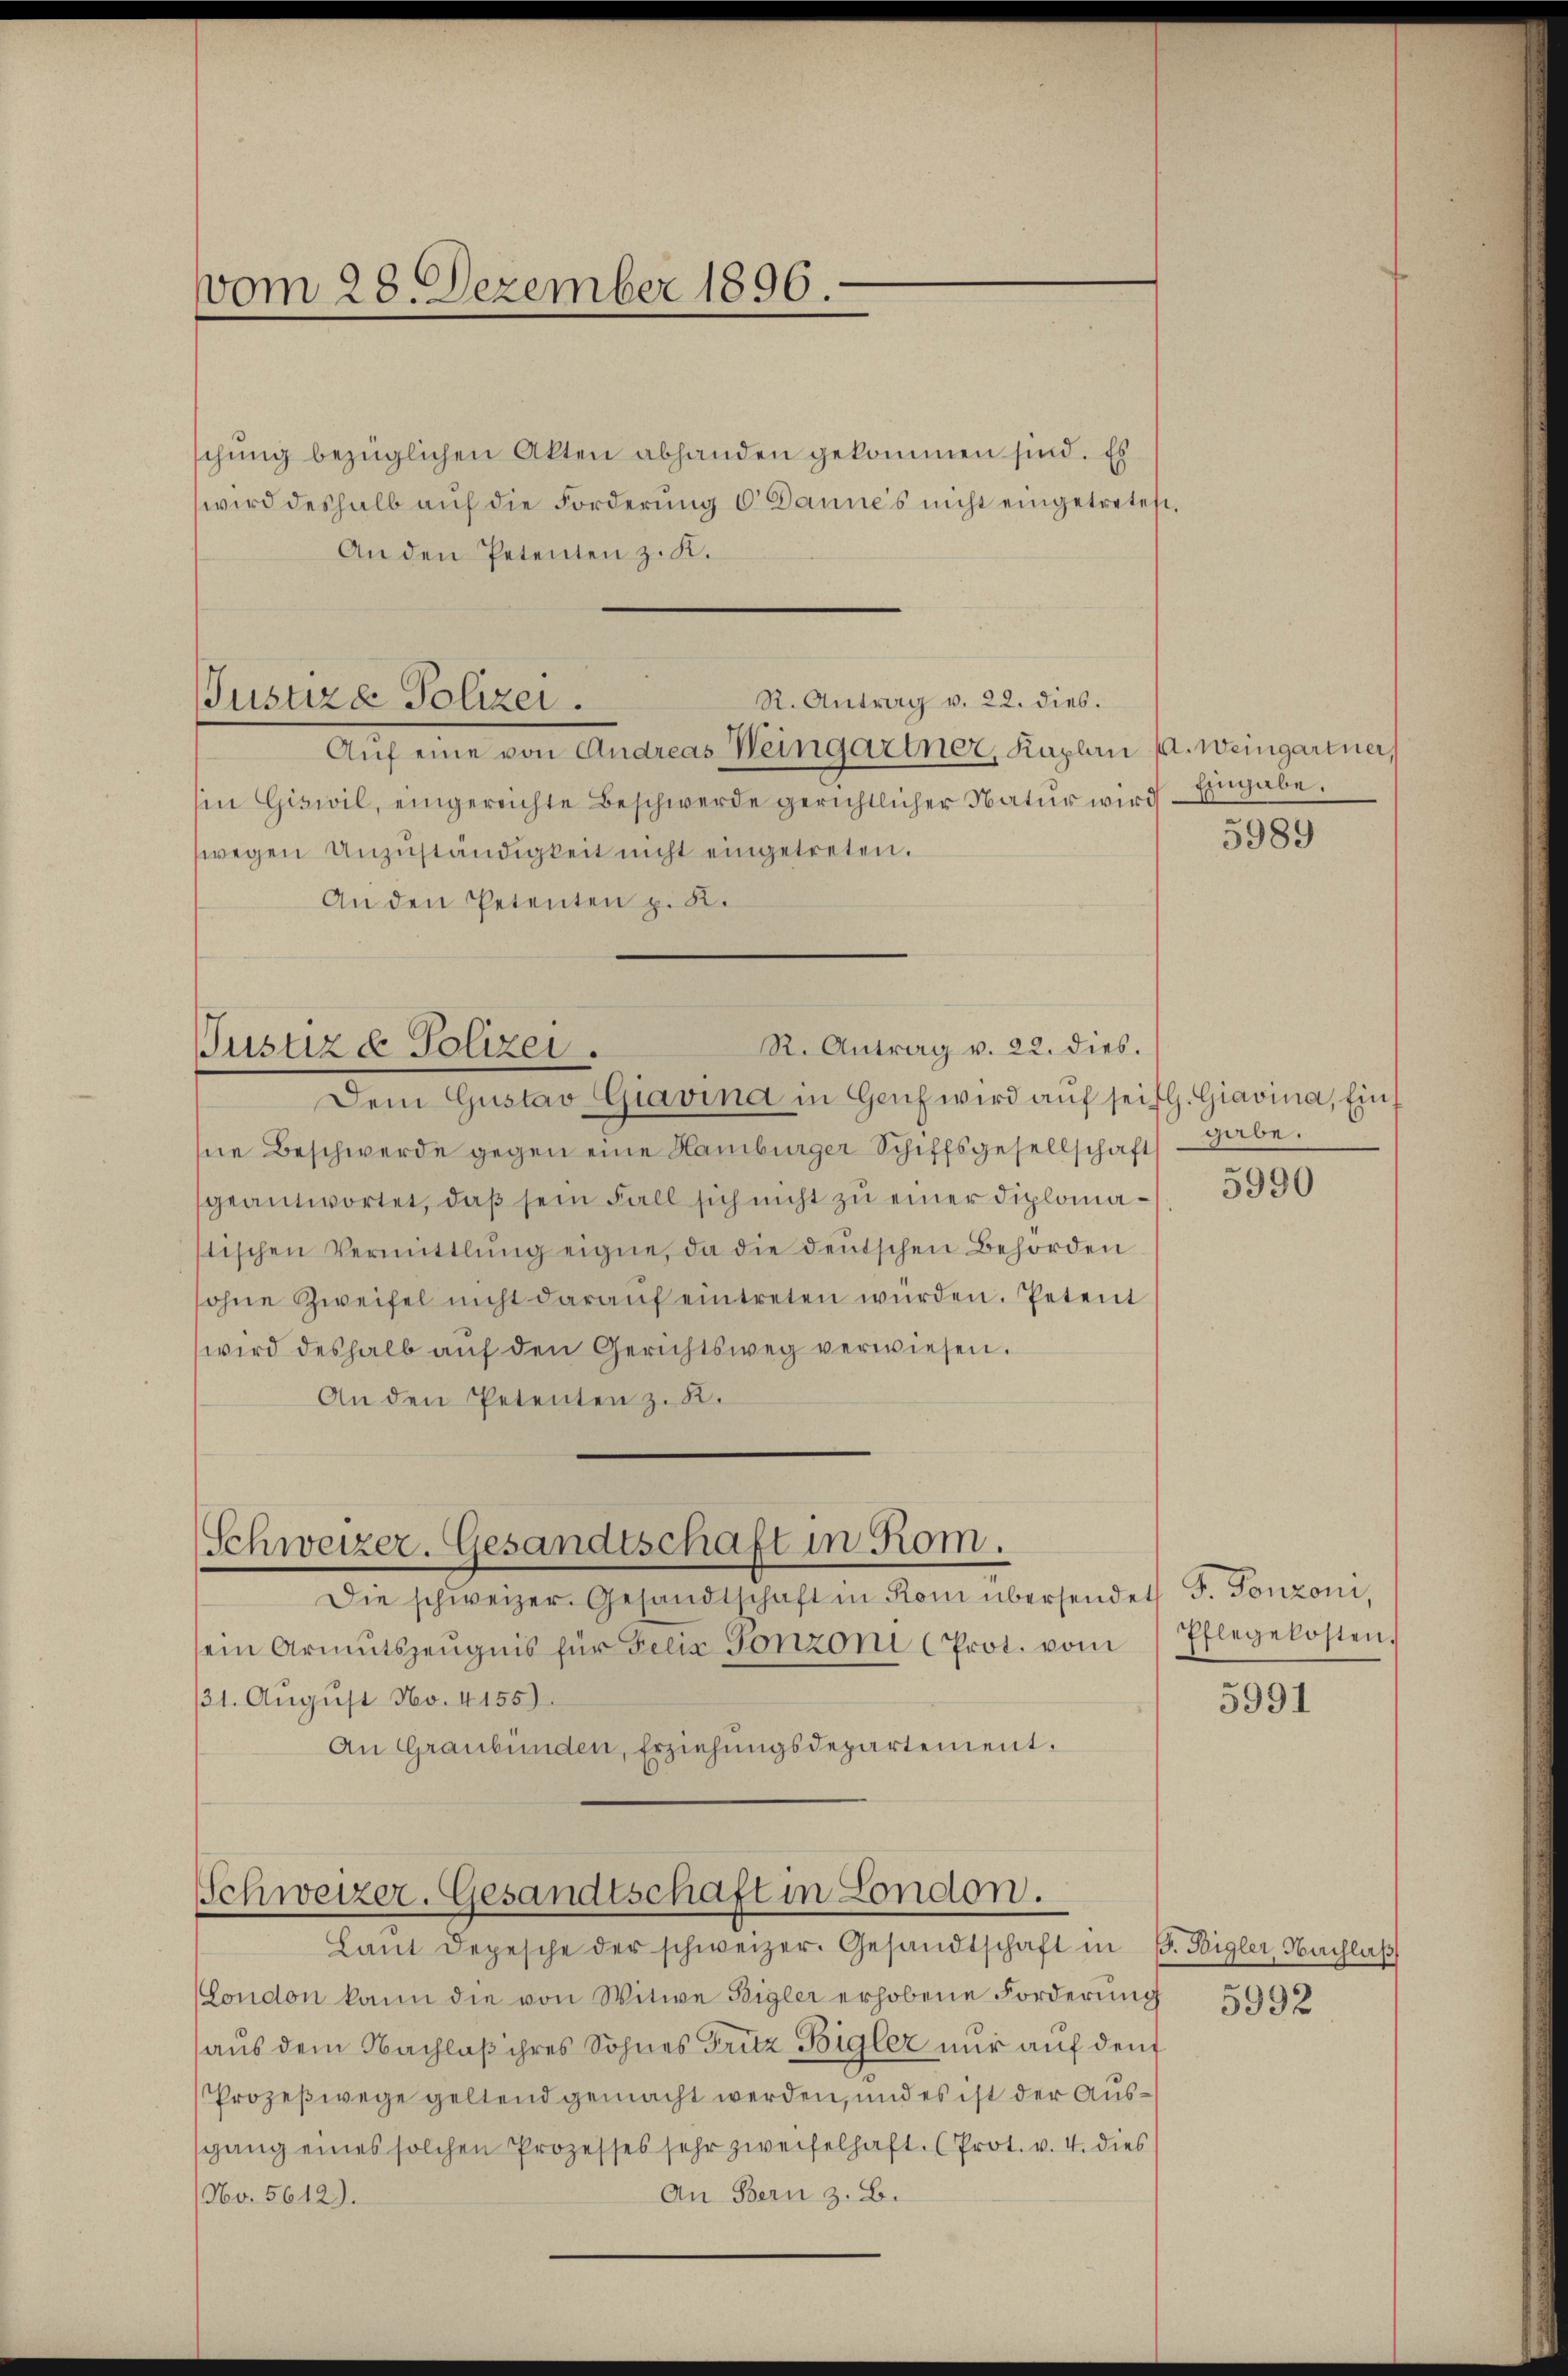
vom 28. Dezember 1896.

schung bezüglichen Akten abhanden gekommen sind. Es
wird deshalb auf die Forderung u Dannes nicht eingetretest.
An den Petenten z. K.

Justiza Polizei.

Aŭf eine von Andreas Weingartner, Kaplan (A. Weingartner,
Ein Giswil, eingereichte Beschwerde gerichtlicher Natur wird
wegen Unzŭständigkeit nicht eingetreten.
An den Petenten z. K.

R. Antrag v. 22. dies.

R. Antrag v. 22. dies.
Justiz & Polizei.
Dem Gustav Giavina in Genf wird aŭf seifl. Giavina, Ein¬

Schweizer. Gesandtschaft in Rom.
Die schweizer. Gesandtschaft in Rom übersendet F. Ponzoni,

Schweizer. Gesandtschaft in London.
Laŭt Depesche der schweizer. Gesandtschaft in P. Bigler, Nachlaβ

sein Armutszeugnis für Felix Tonzoni (Prot. vom
31. August No. 4155)
An Graubünden, Erziehungsdepartement.

hne Beschwerde gegen eine Hamburger Schiffsgesellschaft
geantwortet, daβ sein Fall sich nicht zu einer Diplomastischen Vermittlung eigne, da die deutschen Behörden
sohne Zweifel nicht daraŭf eintreten würden. Petent
wird deshalb auf den Gerichtsweg verwiesen.
An den Petenten z. B.

London kann die von Witwe Bigler erhobene Forderung
aus dem Nachlaß ihres Sohnes Fritz Bigler nur auf dem
Prozeßwege geltend gemacht werden, und es ist der Aussgang eines solchen Prozesses sehr zweifelhaft. (Prot. v. 4. dies
An Bern z. B.
No. 5612).

Eingabe.

5989

gabe.

5990

Pflegekosten.

5991

5992